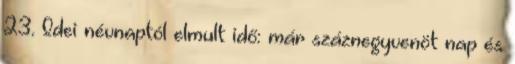
23. Idei névnaptól elmult idő: már száznegyvenöt nap és